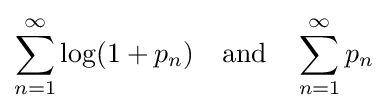
\sum _{n=1}^{\infty }\log(1+p_{n})\quad {\text{and}}\quad \sum _{n=1}^{\infty }p_{n}